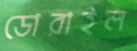
ডোরাইল